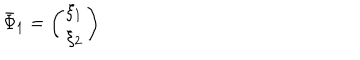
\bar { \Phi } _ { 1 } = \left( \begin{array} { c } { { \xi _ { 1 } } } \\ { { \xi _ { 2 } } } \\ \end{array} \right)